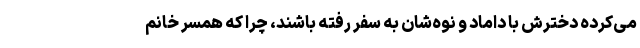
می‌کرده دخترش با داماد و نوه‌شان به سفر رفته باشند، چرا که همسر خانم